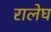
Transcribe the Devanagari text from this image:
रालेघ